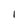
Character: I